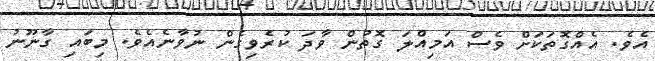
އެވެ. އެއްގޮތަކަށް ވެސް އަމިއްލަ ގޮތުން ވާދަ ކުރެވިގެން ނުވާނެއެވެ. މިބައި ގާނޫނު